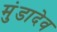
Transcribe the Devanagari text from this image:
मुंडादेव